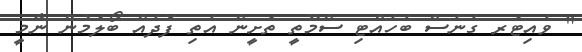
" ވެއިޓަރ ގެނެސް ބެހެއްޓި ސްމޫތީ ތަށީން އެތި ފޮދެއް ބޯލަމުން ނާމީ